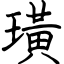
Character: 璜